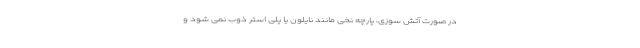
در صورت آتش سوزی، پارچه نخی مانند نایلون یا پلی استر ذوب نمی شود و